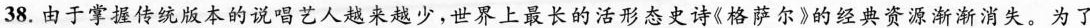
38.由于掌握传统版本的说唱艺人越来越少，世界上最长的活形态史诗《格萨尔》的经典资源渐渐消失。为了